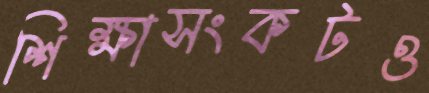
শিক্ষাসংকটও